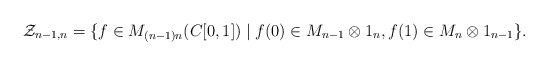
\begin{align*}\mathcal Z_{n-1,n}=\{f\in M_{(n-1)n}(C[0,1])\mid f(0)\in M_{n-1}\otimes 1_{n},f(1)\in M_{n}\otimes 1_{n-1}\}.\end{align*}